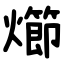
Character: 㸅